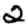
Digit: 2